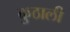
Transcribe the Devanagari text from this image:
कुठाली